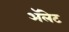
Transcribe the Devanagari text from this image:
ॲलेट